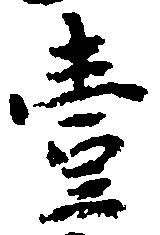
壱